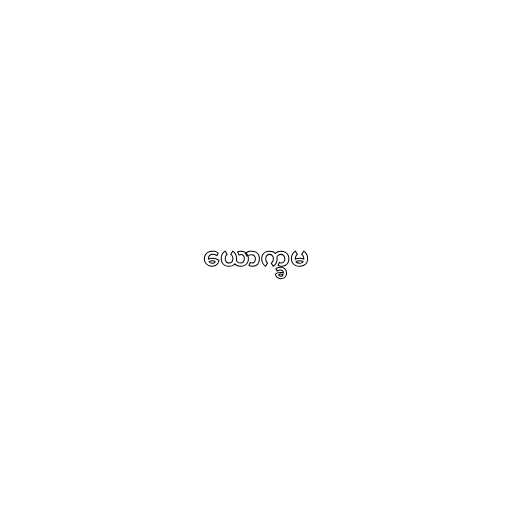
ယောက္ခမ